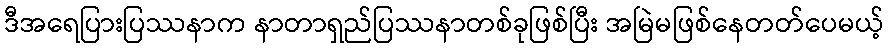
ဒီအရေပြားပြဿနာက နာတာရှည်ပြဿနာတစ်ခုဖြစ်ပြီး အမြဲမဖြစ်နေတတ်ပေမယ့်